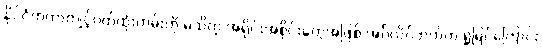
နိုင်ငံတကာကျင့်ဝတ်ထုံးတမ်းကို မသိတဲ့ အရိုင်းအစိုင်းတွေအဖြစ် အင်္ဂလိပ်ဘက်က ရှုမြင်ကြောင်း